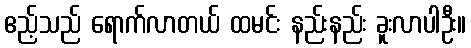
ဧည့်သည် ရောက်လာတယ် ထမင်း နည်းနည်း ခူးလာပါဦး။